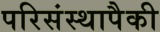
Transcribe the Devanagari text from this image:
परिसंस्थापैकी